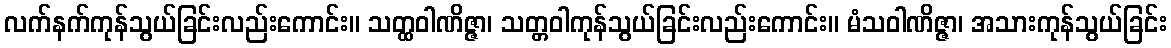
လက်နက်ကုန်သွယ်ခြင်းလည်းကောင်း။ သတ္ထဝါဏိဇ္ဇာ၊ သတ္တဝါကုန်သွယ်ခြင်းလည်းကောင်း။ မံသဝါဏိဇ္ဇာ၊ အသားကုန်သွယ်ခြင်း